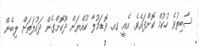
ސާބިތުވެ ހުކުމް ކޮށްފައެވެ. އެއީ ގއ. ވޮޑަމުލާ ކުއްޔަށް ދޫކޮށްގެން ދައުލަތަށް ލިބެން